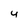
Character: y